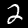
Digit: 2